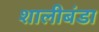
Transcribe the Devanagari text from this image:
शालीबंडा